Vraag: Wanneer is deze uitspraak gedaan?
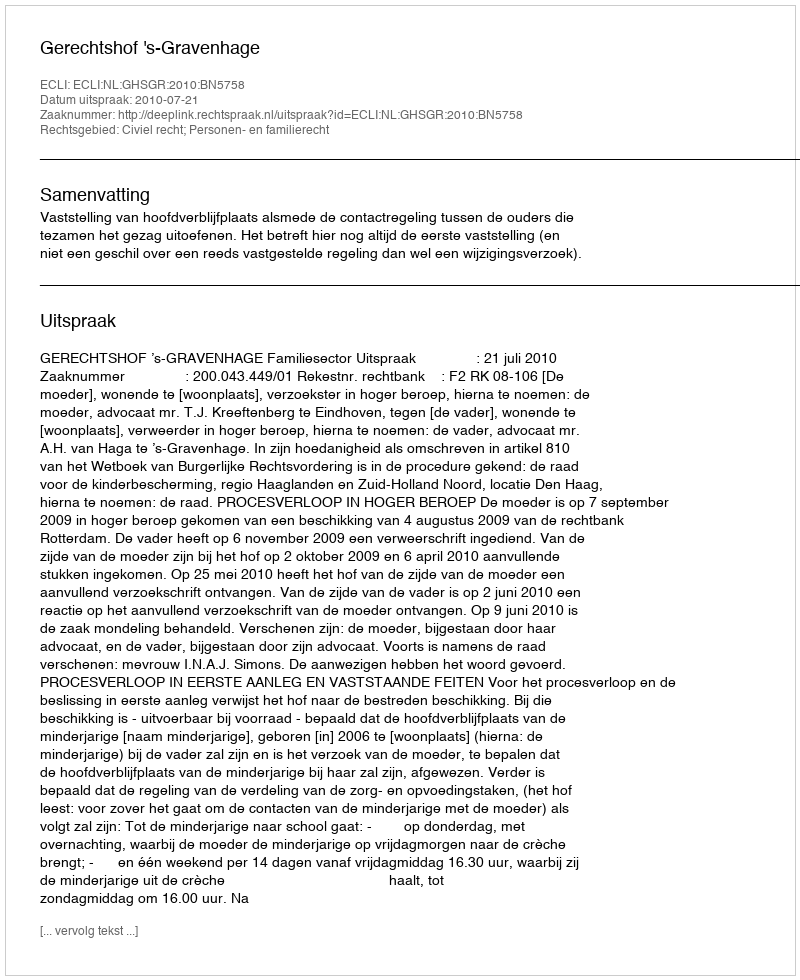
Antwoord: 2010-07-21